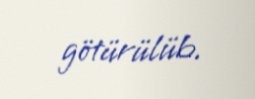
götürülüb.